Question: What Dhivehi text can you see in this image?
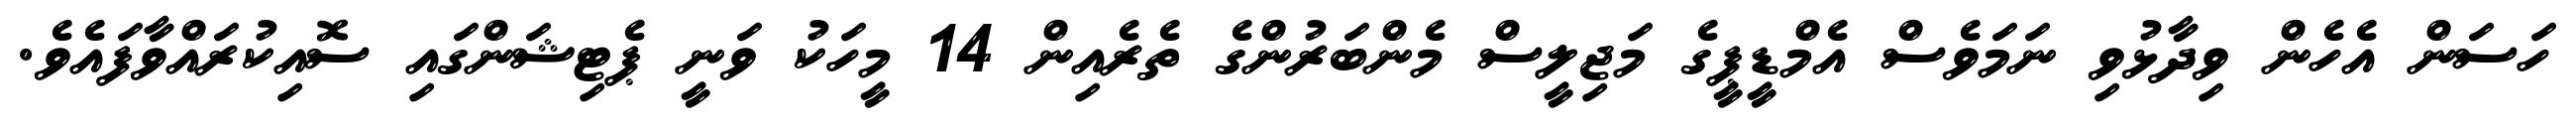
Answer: ހަސަން އެހެން ވިދާޅުވި ނަމަވެސް އެމްޑީޕީގެ މަޖިލީސް މެންބަރުންގެ ތެރެއިން 14 މީހަކު ވަނީ ޕެޓިޝަންގައި ސޮއިކުރައްވާފައެވެ.